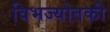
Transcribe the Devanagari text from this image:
विभज्योतकी